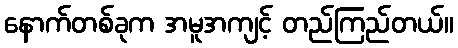
နောက်တစ်ခုက အမူအကျင့် တည်ကြည်တယ်။